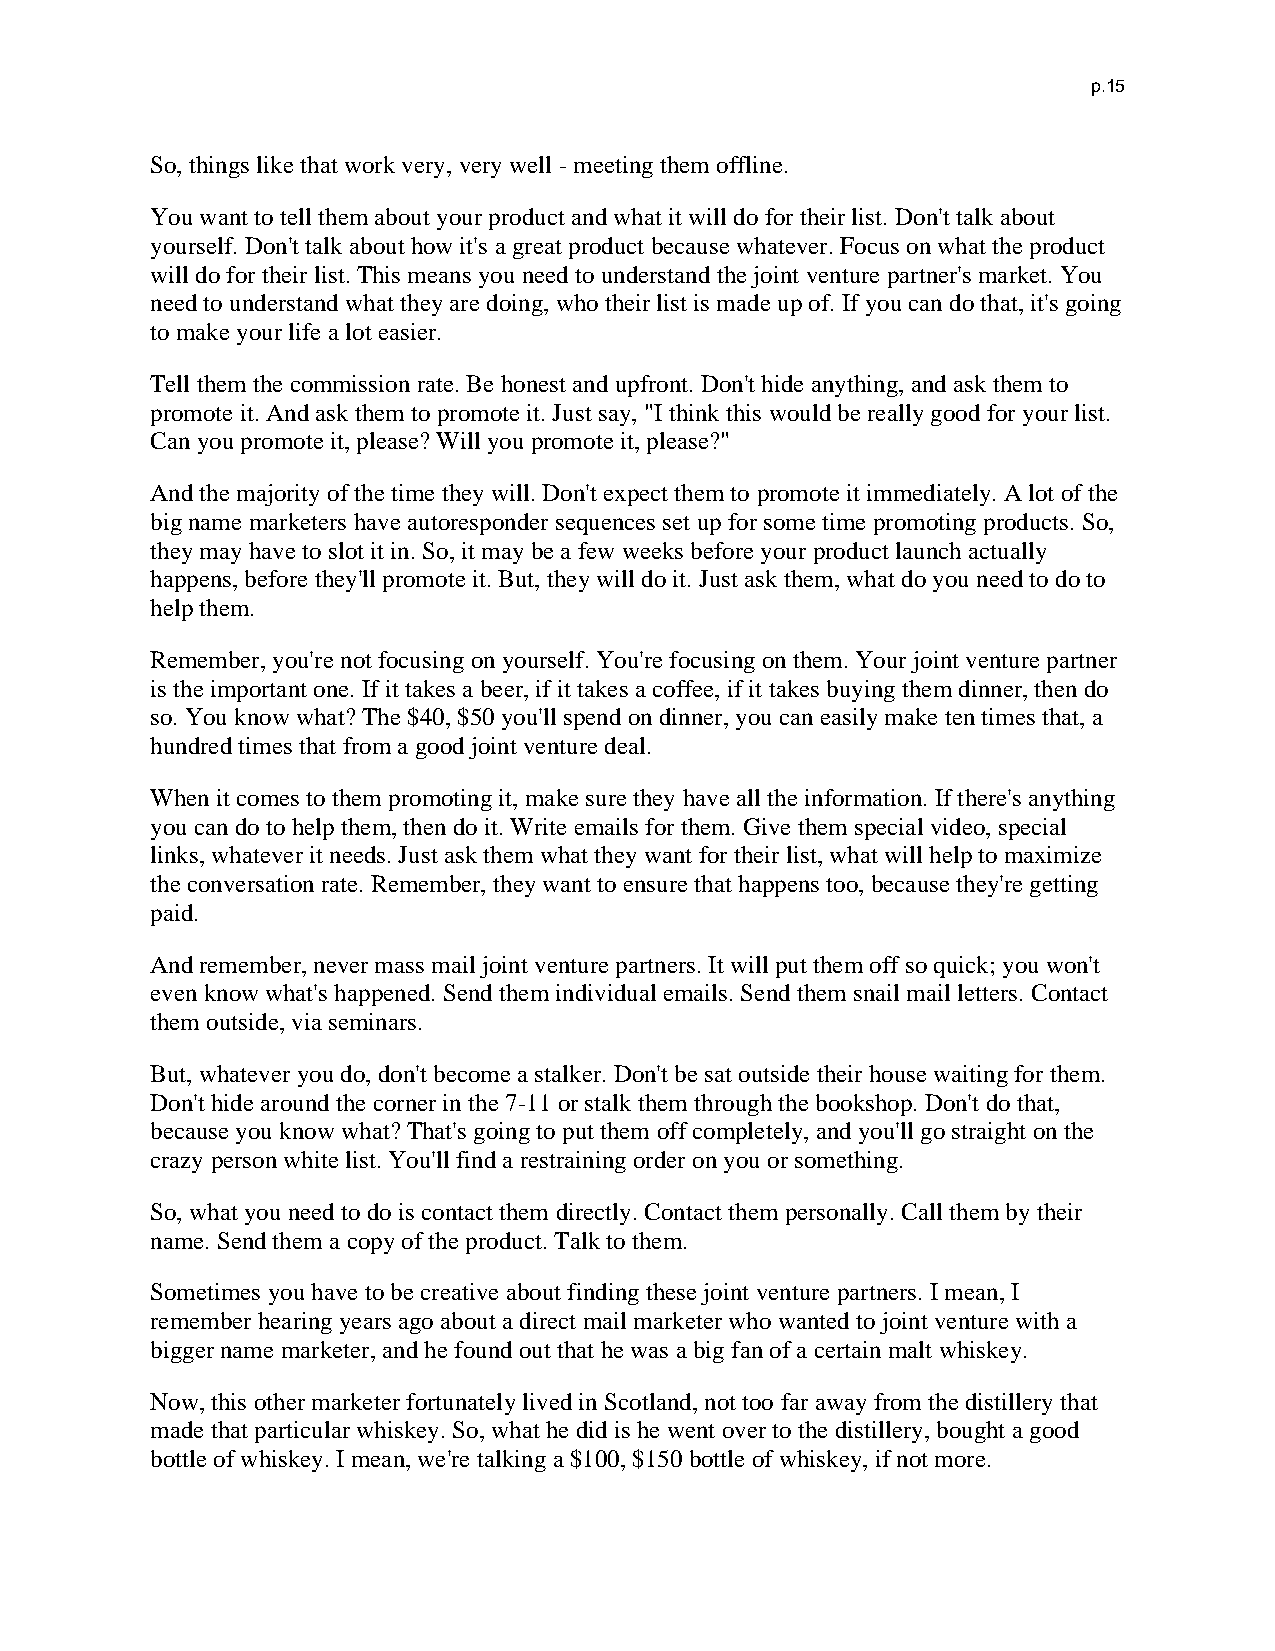
p.15
 So, things like that work very, very well - meeting them offline.
 You want to tell them about your product and what it will do for their list. Don't talk about
 yourself. Don't talk about how it's a great product because whatever. Focus on what the product
 will do for their list. This means you need to understand the joint venture partner's market. You
 need to understand what they are doing, who their list is made up of. If you can do that, it's going
 to make your life a lot easier.
 Tell them the commission rate. Be honest and upfront. Don't hide anything, and ask them to
 promote it. And ask them to promote it. Just say, "I think this would be really good for your list.
 Can you promote it, please? Will you promote it, please?"
 And the majority of the time they will. Don't expect them to promote it immediately. A lot of the
 big name marketers have autoresponder sequences set up for some time promoting products. So,
 they may have to slot it in. So, it may be a few weeks before your product launch actually
 happens, before they'll promote it. But, they will do it. Just ask them, what do you need to do to
 help them.
 Remember, you're not focusing on yourself. You're focusing on them. Your joint venture partner
 is the important one. If it takes a beer, if it takes a coffee, if it takes buying them dinner, then do
 so. You know what? The $40, $50 you'll spend on dinner, you can easily make ten times that, a
 hundred times that from a good joint venture deal.
 When it comes to them promoting it, make sure they have all the information. If there's anything
 you can do to help them, then do it. Write emails for them. Give them special video, special
 links, whatever it needs. Just ask them what they want for their list, what will help to maximize
 the conversation rate. Remember, they want to ensure that happens too, because they're getting
 paid.
 And remember, never mass mail joint venture partners. It will put them off so quick; you won't
 even know what's happened. Send them individual emails. Send them snail mail letters. Contact
 them outside, via seminars.
 But, whatever you do, don't become a stalker. Don't be sat outside their house waiting for them.
 Don't hide around the corner in the 7-11 or stalk them through the bookshop. Don't do that,
 because you know what? That's going to put them off completely, and you'll go straight on the
 crazy person white list. You'll find a restraining order on you or something.
 So, what you need to do is contact them directly. Contact them personally. Call them by their
 name. Send them a copy of the product. Talk to them.
 Sometimes you have to be creative about finding these joint venture partners. I mean, I
 remember hearing years ago about a direct mail marketer who wanted to joint venture with a
 bigger name marketer, and he found out that he was a big fan of a certain malt whiskey.
 Now, this other marketer fortunately lived in Scotland, not too far away from the distillery that
 made that particular whiskey. So, what he did is he went over to the distillery, bought a good
 bottle of whiskey. I mean, we're talking a $100, $150 bottle of whiskey, if not more.